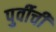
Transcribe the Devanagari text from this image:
पुर्वीची